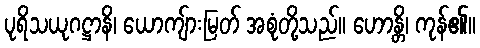
ပုရိသယုဂဋ္ဌာနိ၊ ယောကျ်ားမြတ် အစုံတို့သည်။ ဟောန္တိ၊ ကုန်၏။